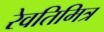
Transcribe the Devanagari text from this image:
रेवतिमित्र